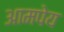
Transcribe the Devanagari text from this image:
आमपेय